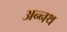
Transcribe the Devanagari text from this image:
अन्नथ